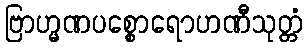
ဗြာဟ္မဏပစ္စောရောဟဏီသုတ္တံ